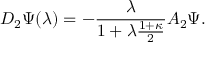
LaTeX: D _ { 2 } \Psi ( \lambda ) = - \frac { \lambda } { 1 + \lambda \frac { 1 + \kappa } { 2 } } A _ { 2 } \Psi .